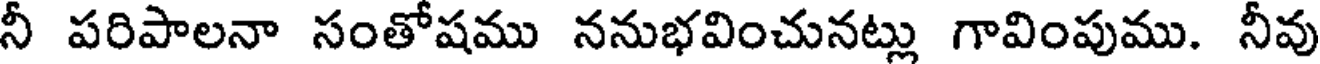
నీ పరిపాలనా సంతోషము ననుభవించునట్లు గావింపుము. నీవు